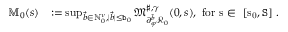
\begin{array} { r l } { \mathbb { M } _ { 0 } ( s ) } & { : = \operatorname* { s u p } _ { \vec { b } \in \mathbb { N } _ { 0 } ^ { \nu } , | \vec { b } | \le \mathtt { b } _ { 0 } } \mathfrak { M } _ { \partial _ { \varphi } ^ { \vec { b } } \mathcal { R } _ { 0 } } ^ { \sharp , \gamma } ( 0 , s ) , \mathrm { ~ f o r ~ s \in ~ [ s _ 0 , \mathtt { S } ] ~ . } } \end{array}